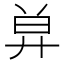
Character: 𢍋